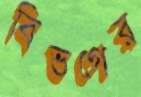
বিভগের